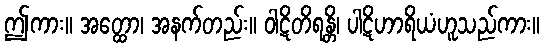
ဤကား။ အတ္ထော၊ အနက်တည်း။ ဝါဋိတိရန္တိ၊ ပါဋိဟာရိယံဟူသည်ကား။